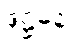
ဒုဋ္ဌမနံ